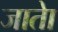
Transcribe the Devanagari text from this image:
जाताे